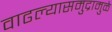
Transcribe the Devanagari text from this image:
वाढल्यासमुद्रामुळे